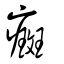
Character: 癍